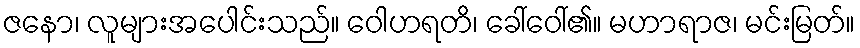
ဇနော၊ လူများအပေါင်းသည်။ ဝေါဟရတိ၊ ခေါ်ဝေါ်၏။ မဟာရာဇ၊ မင်းမြတ်။